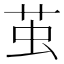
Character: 茧